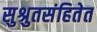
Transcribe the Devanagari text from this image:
सुश्रुतसंहितेत